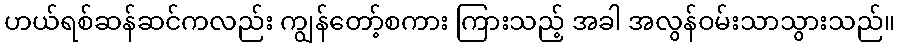
ဟယ်ရစ်ဆန်ဆင်ကလည်း ကျွန်တော့်စကား ကြားသည့် အခါ အလွန်ဝမ်းသာသွားသည်။